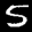
Label: 5